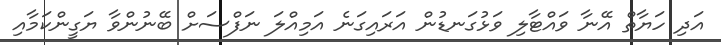
އަދި ހަޔާތް އޭނާ ވައްޓާލި ވަޅުގަނޑުން އަރައިގަނެ އަމިއްލަ ނަފްސަށް ބޭނުންވާ ޔަގީންކަމާއި